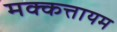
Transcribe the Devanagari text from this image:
मक्कत्तायम